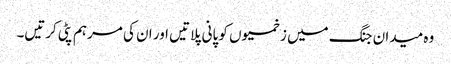
وہ میدان جنگ میں زخمیوں کو پانی پلاتیں اور ان کی مرہم پٹی کرتیں۔